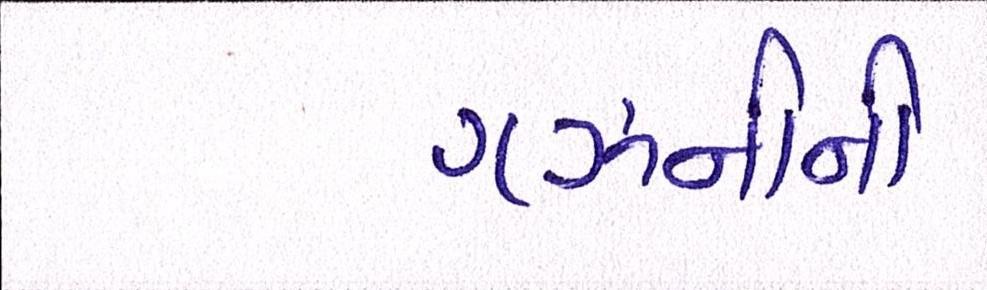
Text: ગઝનીની